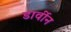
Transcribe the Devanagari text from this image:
डार्वीन